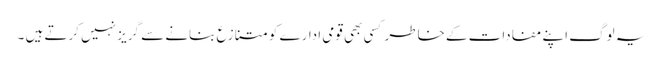
یہ لوگ اپنے مفادات کے خاطر کسی بھی قومی ادارے کو متنازع بنانے سے گریز نہیں کرتے ہیں ۔